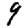
Digit: 9